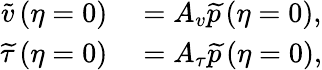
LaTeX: \begin{array}{rl}{\widetilde{v}\left(\eta=0\right)}&{{}=A_{v}\widetilde{p}\left(\eta=0\right),}\\ {\widetilde{\tau}\left(\eta=0\right)}&{{}=A_{\tau}\widetilde{p}\left(\eta=0\right),}\end{array}